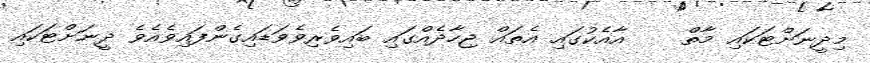
މިދީނަށްޓަކައި މާތް    އާއެކުގައި އެތައް ޖިހާދެއްގައި ބައިވެރިވެވަޑައިގެންފައިވެއެވެ ދީނަށްޓަކައި